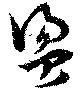
盪